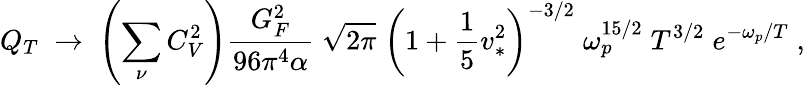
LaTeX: {Q_{T}\; \rightarrow\; \left(\sum_{\nu}C_{V}^{2}\right){\frac{G_{F}^{2}}{96\pi^{4}\alpha}}\; \sqrt{2\pi}\; \left(1+{\frac{1}{5}}v_{*}^{2}\right)^{-3/2}\; \omega_{p}^{15/2}\; T^{3/2}\; e^{-\omega_{p}/T}\; ,}